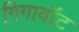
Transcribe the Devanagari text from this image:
गिगावॉट